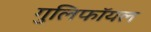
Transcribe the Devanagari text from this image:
गुलिफॉयल